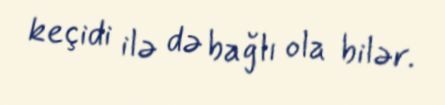
keçidi ilə də bağlı ola bilər.